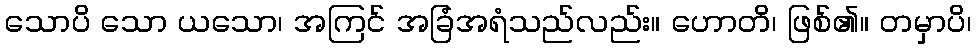
သောပိ သော ယသော၊ အကြင် အခြံအရံသည်လည်း။ ဟောတိ၊ ဖြစ်၏။ တမှာပိ၊